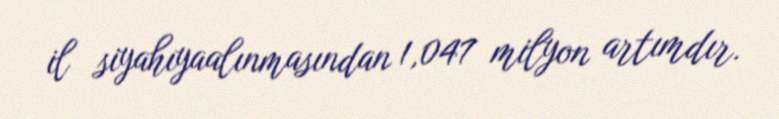
il siyahıyaalınmasından 1,047 milyon artımdır.